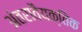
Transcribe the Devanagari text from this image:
अंतरावैयक्तिक